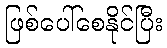
ဖြစ်ပေါ်စေနိုင်ပြီး